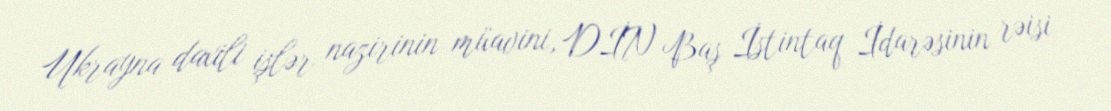
Ukrayna daxili işlər nazirinin müavini, DİN Baş İstintaq İdarəsinin rəisi